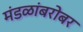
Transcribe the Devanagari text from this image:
मंडळांबरोबर